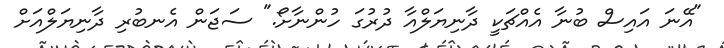
"އޭނަ އައިސް ބުނާ އެއްޗަކީ ދާނިޔަލްއާ ދުރުގަ ހުންނާށޯ." ސަޖަން އެނބުރި ދާނިޔަލްއަށް